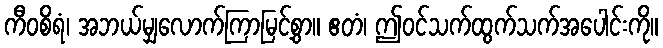
ကီဝစိရံ၊ အဘယ်မျှလောက်ကြာမြင့်စွာ။ ဧတံ၊ ဤဝင်သက်ထွက်သက်အပေါင်းကို။